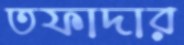
তফাদার